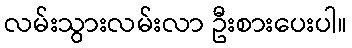
လမ်းသွားလမ်းလာ ဦးစားပေးပါ။